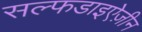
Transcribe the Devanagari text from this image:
सल्फडाइऐज़ीन